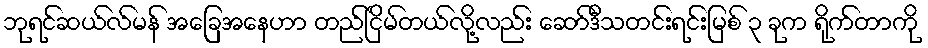
ဘုရင်ဆယ်လ်မန် အခြေအနေဟာ တည်ငြိမ်တယ်လို့လည်း ဆော်ဒီသတင်းရင်းမြစ် ၃ ခုက ရိုက်တာကို